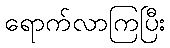
ရောက်လာကြပြီး